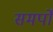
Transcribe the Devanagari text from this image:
समर्पो